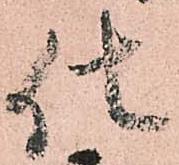
仕